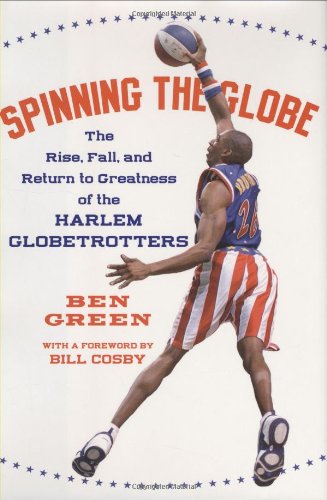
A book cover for Spinning the Globe: The Rise, Fall, and Return to Greatness of the Harlem Globetrotters; Ben Green; Sports & Outdoors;